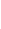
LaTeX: B\! \! \! \! \! \! \! \! \! \! \! \! _{r}\! \! \! \! \! \! \! \! \! \! \! \! (\! \! \! \! \! \! \! \! \! \! \! \! \mathbf{x}\! \! \! \! \! \! \! \! \! \! \! \! _{\! }\! \! \! \! \! \! \! \! \! \! \! 0\! \! \! \! \! \! \! \! \! \! \! \! )\! \! \! \! \! \! \! \! \! \! \! \! \subset\! \! \! \! \! \! \! \! \! \! \! \! D\! \! \! \! \! \! \! \! \! \! \!